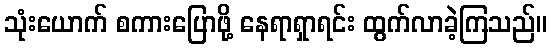
သုံးယောက် စကားပြောဖို့ နေရာရှာရင်း ထွက်လာခဲ့ကြသည်။